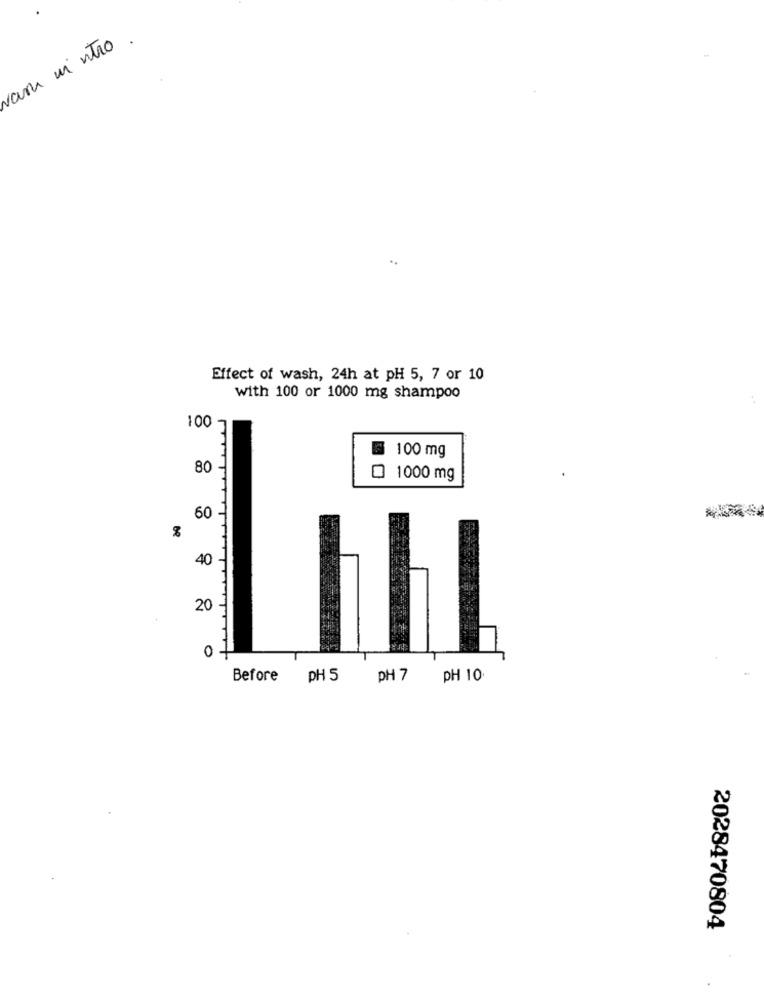
vara mi entro .
Effect of wash, 24h at pH 5, 7 or 10
with 100 or 1000 mg shampoo
100-
100 mg
80
1000 mg
60
0
40
20
0
Before
PH 5
PH 7
PH 10
2028470804